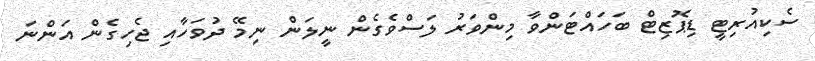
ސެކިއުރިޓީ ޑިޕޮޒިޓް ބަހައްޓަންވާ މިންވަރު ލަސްވެގެން ނީލަން ނިމޭ ދުވަހާއި ޖެހިގެން އަންނަ